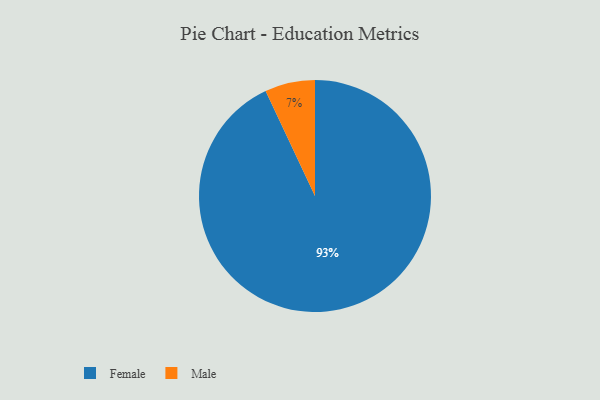
{"axis": {"x": "Category", "y": "Percentage"}, "legend": ["Female", "Male"], "data": [{"x": "Female", "y": 93, "type": "Female"}, {"x": "Male", "y": 7, "type": "Male"}]}